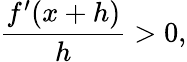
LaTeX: {\frac{f^{\prime}(x+h)}{h}}>0,